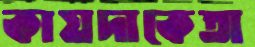
কায়দাকেতা